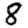
Digit: 8